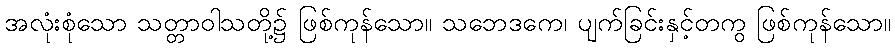
အလုံးစုံသော သတ္တာဝါသတို့၌ ဖြစ်ကုန်သော။ သဘေဒကေ၊ ပျက်ခြင်းနှင့်တကွ ဖြစ်ကုန်သော။